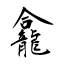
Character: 龕